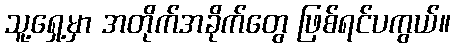
သူ့ရှေ့မှာ အတိုက်အခိုက်တွေ ဖြစ်ရင်ပကွယ်။